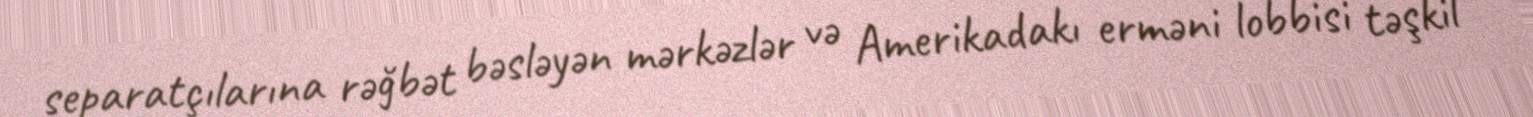
separatçılarına rəğbət bəsləyən mərkəzlər və Amerikadakı erməni lobbisi təşkil